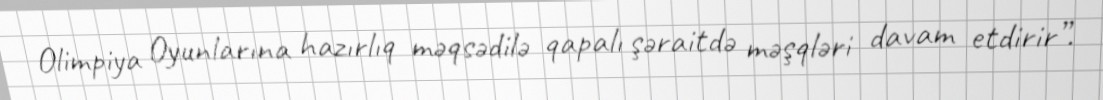
Olimpiya Oyunlarına hazırlıq məqsədilə qapalı şəraitdə məşqləri davam etdirir”.